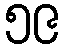
၅၉